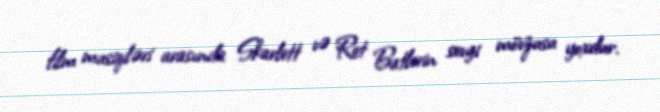
film musiqiləri arasında Skarlett və Ret Batlerin sevgi mövzusu yoxdur.